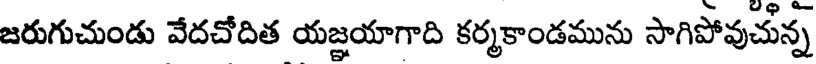
జరుగుచుండు వేదచోదిత యజ్ఞయాగాది కర్మకాండమును సాగిపోవుచున్న